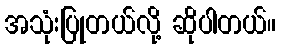
အသုံးပြုတယ်လို့ ဆိုပါတယ်။